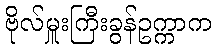
ဗိုလ်မှူးကြီးခွန်ဥက္ကာက